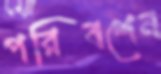
পরিবশেন